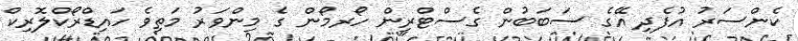
ކެންސަރު އުފެދި އޭގެ ސަބަބުން ގެސްޓްރިން ހޯރމޯން ގެ މިންވަރު މަތިވެ ހައިޑްރޯކްލޮރިކް